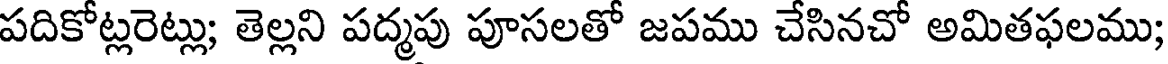
పదికోట్లరెట్లు; తెల్లని పద్మపు పూసలతో జపము చేసినచో అమితఫలము;